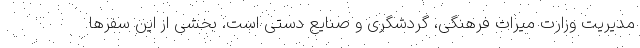
مدیریت وزارت میراث فرهنگی، گردشگری و صنایع دستی است. بخشی از این سفرها